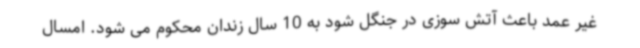
غیر عمد باعث آتش سوزی در جنگل شود به 10 سال زندان محکوم می شود. امسال